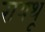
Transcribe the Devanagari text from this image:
रायथू